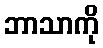
ဘာသာကို